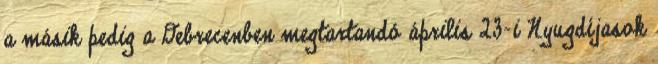
a másik pedig a Debrecenben megtartandó április 23-i Nyugdíjasok